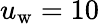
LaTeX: u_{\mathrm{w}}=10